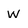
Character: w